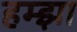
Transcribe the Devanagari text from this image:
हम्झा